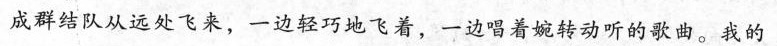
成群结队从远处飞来，一边轻巧地飞着，一边唱着婉转动听的歌曲。我的